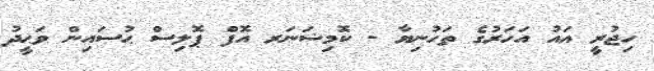
ހިޖުރީ އައު އަހަރުގެ ތަހުނިޔާ - ކޮމިޝަނަރ އޮފް ޕޮލިސް ޙުސައިން ވަޙީދު